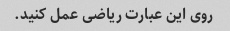
روی این عبارت ریاضی عمل کنید.